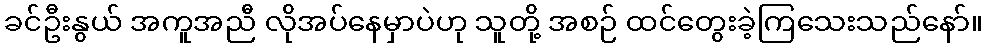
ခင်ဦးနွယ် အကူအညီ လိုအပ်နေမှာပဲဟု သူတို့ အစဉ် ထင်တွေးခဲ့ကြသေးသည်နော်။